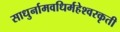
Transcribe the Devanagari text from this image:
साधुर्नामवधिर्महेश्‍वरकृती